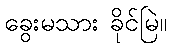
ခွေးမသား ခိုင်မြဲ။